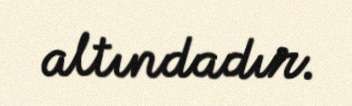
altındadır.